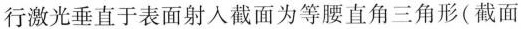
行激光垂直于表面射入截面为等腰直角三角形(截面